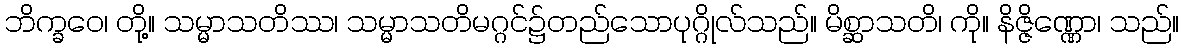
ဘိက္ခဝေ၊ တို့။ သမ္မာသတိဿ၊ သမ္မာသတိမဂ္ဂင်၌တည်သောပုဂ္ဂိုလ်သည်။ မိစ္ဆာသတိ၊ ကို။ နိဇ္ဇိဏ္ဏော၊ သည်။